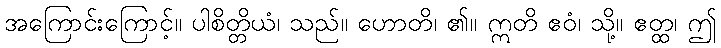
အကြောင်းကြောင့်။ ပါစိတ္တိယံ၊ သည်။ ဟောတိ၊ ၏။ ဣတိ ဧဝံ၊ သို့။ ဧတ္ထ၊ ဤ